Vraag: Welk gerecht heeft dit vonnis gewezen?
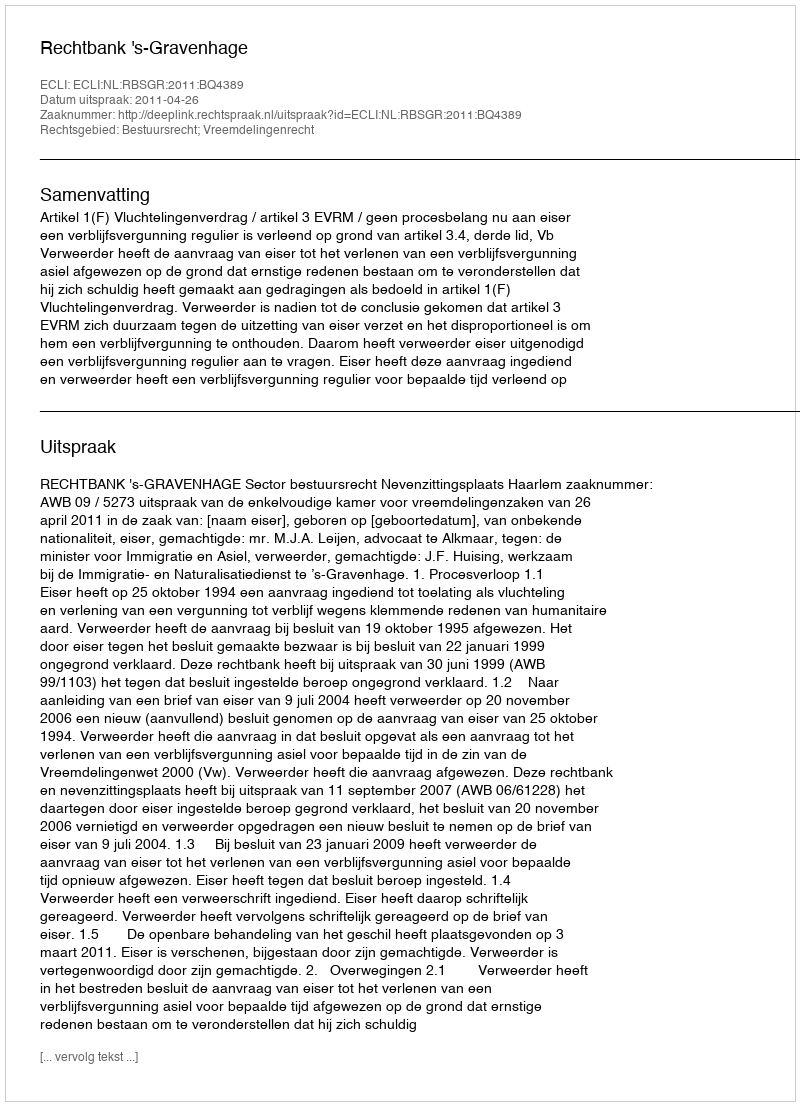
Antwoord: Rechtbank 's-Gravenhage